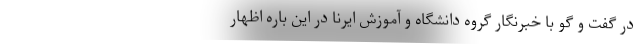
در گفت و گو با خبرنگار گروه دانشگاه و آموزش ایرنا در این باره اظهار